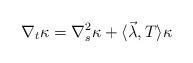
LaTeX: \begin{align*}\nabla_{t}\kappa= \nabla_{s}^{2} \kappa + \langle\vec\lambda, T\rangle \kappa \end{align*}